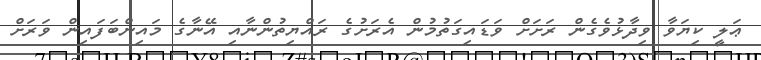
ޢަލީ ކިޔަވާ ވިދާޅުވެގެން ރަށަށް ވަޑައިގަތުމުން އެރަށުގެ ރައްޔިތުންނާއި އޭނާގެ މައިންބަފައިން ވަރަށް